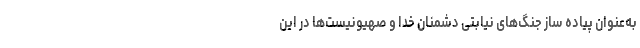
به‌عنوان پیاده ساز جنگ‌های نیابتی دشمنان خدا و صهیونیست‌ها در این